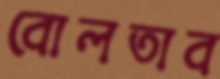
বোলতাব